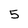
Character: 5